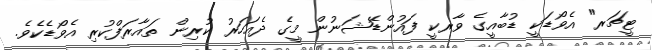
ޓީޗަރ" އެވޯޑަކީ ޑުބާއީގެ ވާރކީ ފައުންޑޭޝަނުން މީގެ ދެއަހަރު ކުރިން ތައާރަފްކުރި އެވޯޑެކެވެ.